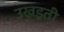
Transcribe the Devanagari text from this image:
उखड़ती